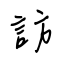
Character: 訪